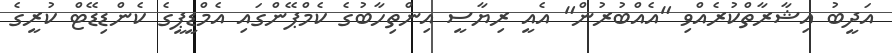
އަދީބު އިޝާރާތްކުރެއްވި "އެއްބުރުން" އެއީ ރިޔާސީ އިންތިހާބުގެ ކެމްޕޭންގައި އެމްޑީޕީގެ ކެންޑިޑޭޓް ކުރީގެ